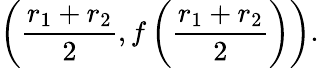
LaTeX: \left({\frac{r_{1}+r_{2}}{2}},f\left({\frac{r_{1}+r_{2}}{2}}\right)\right).